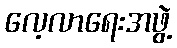
လေ့လာရေးအဖွဲ့